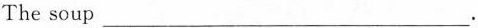
The soup___.